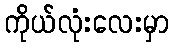
ကိုယ်လုံးလေးမှာ